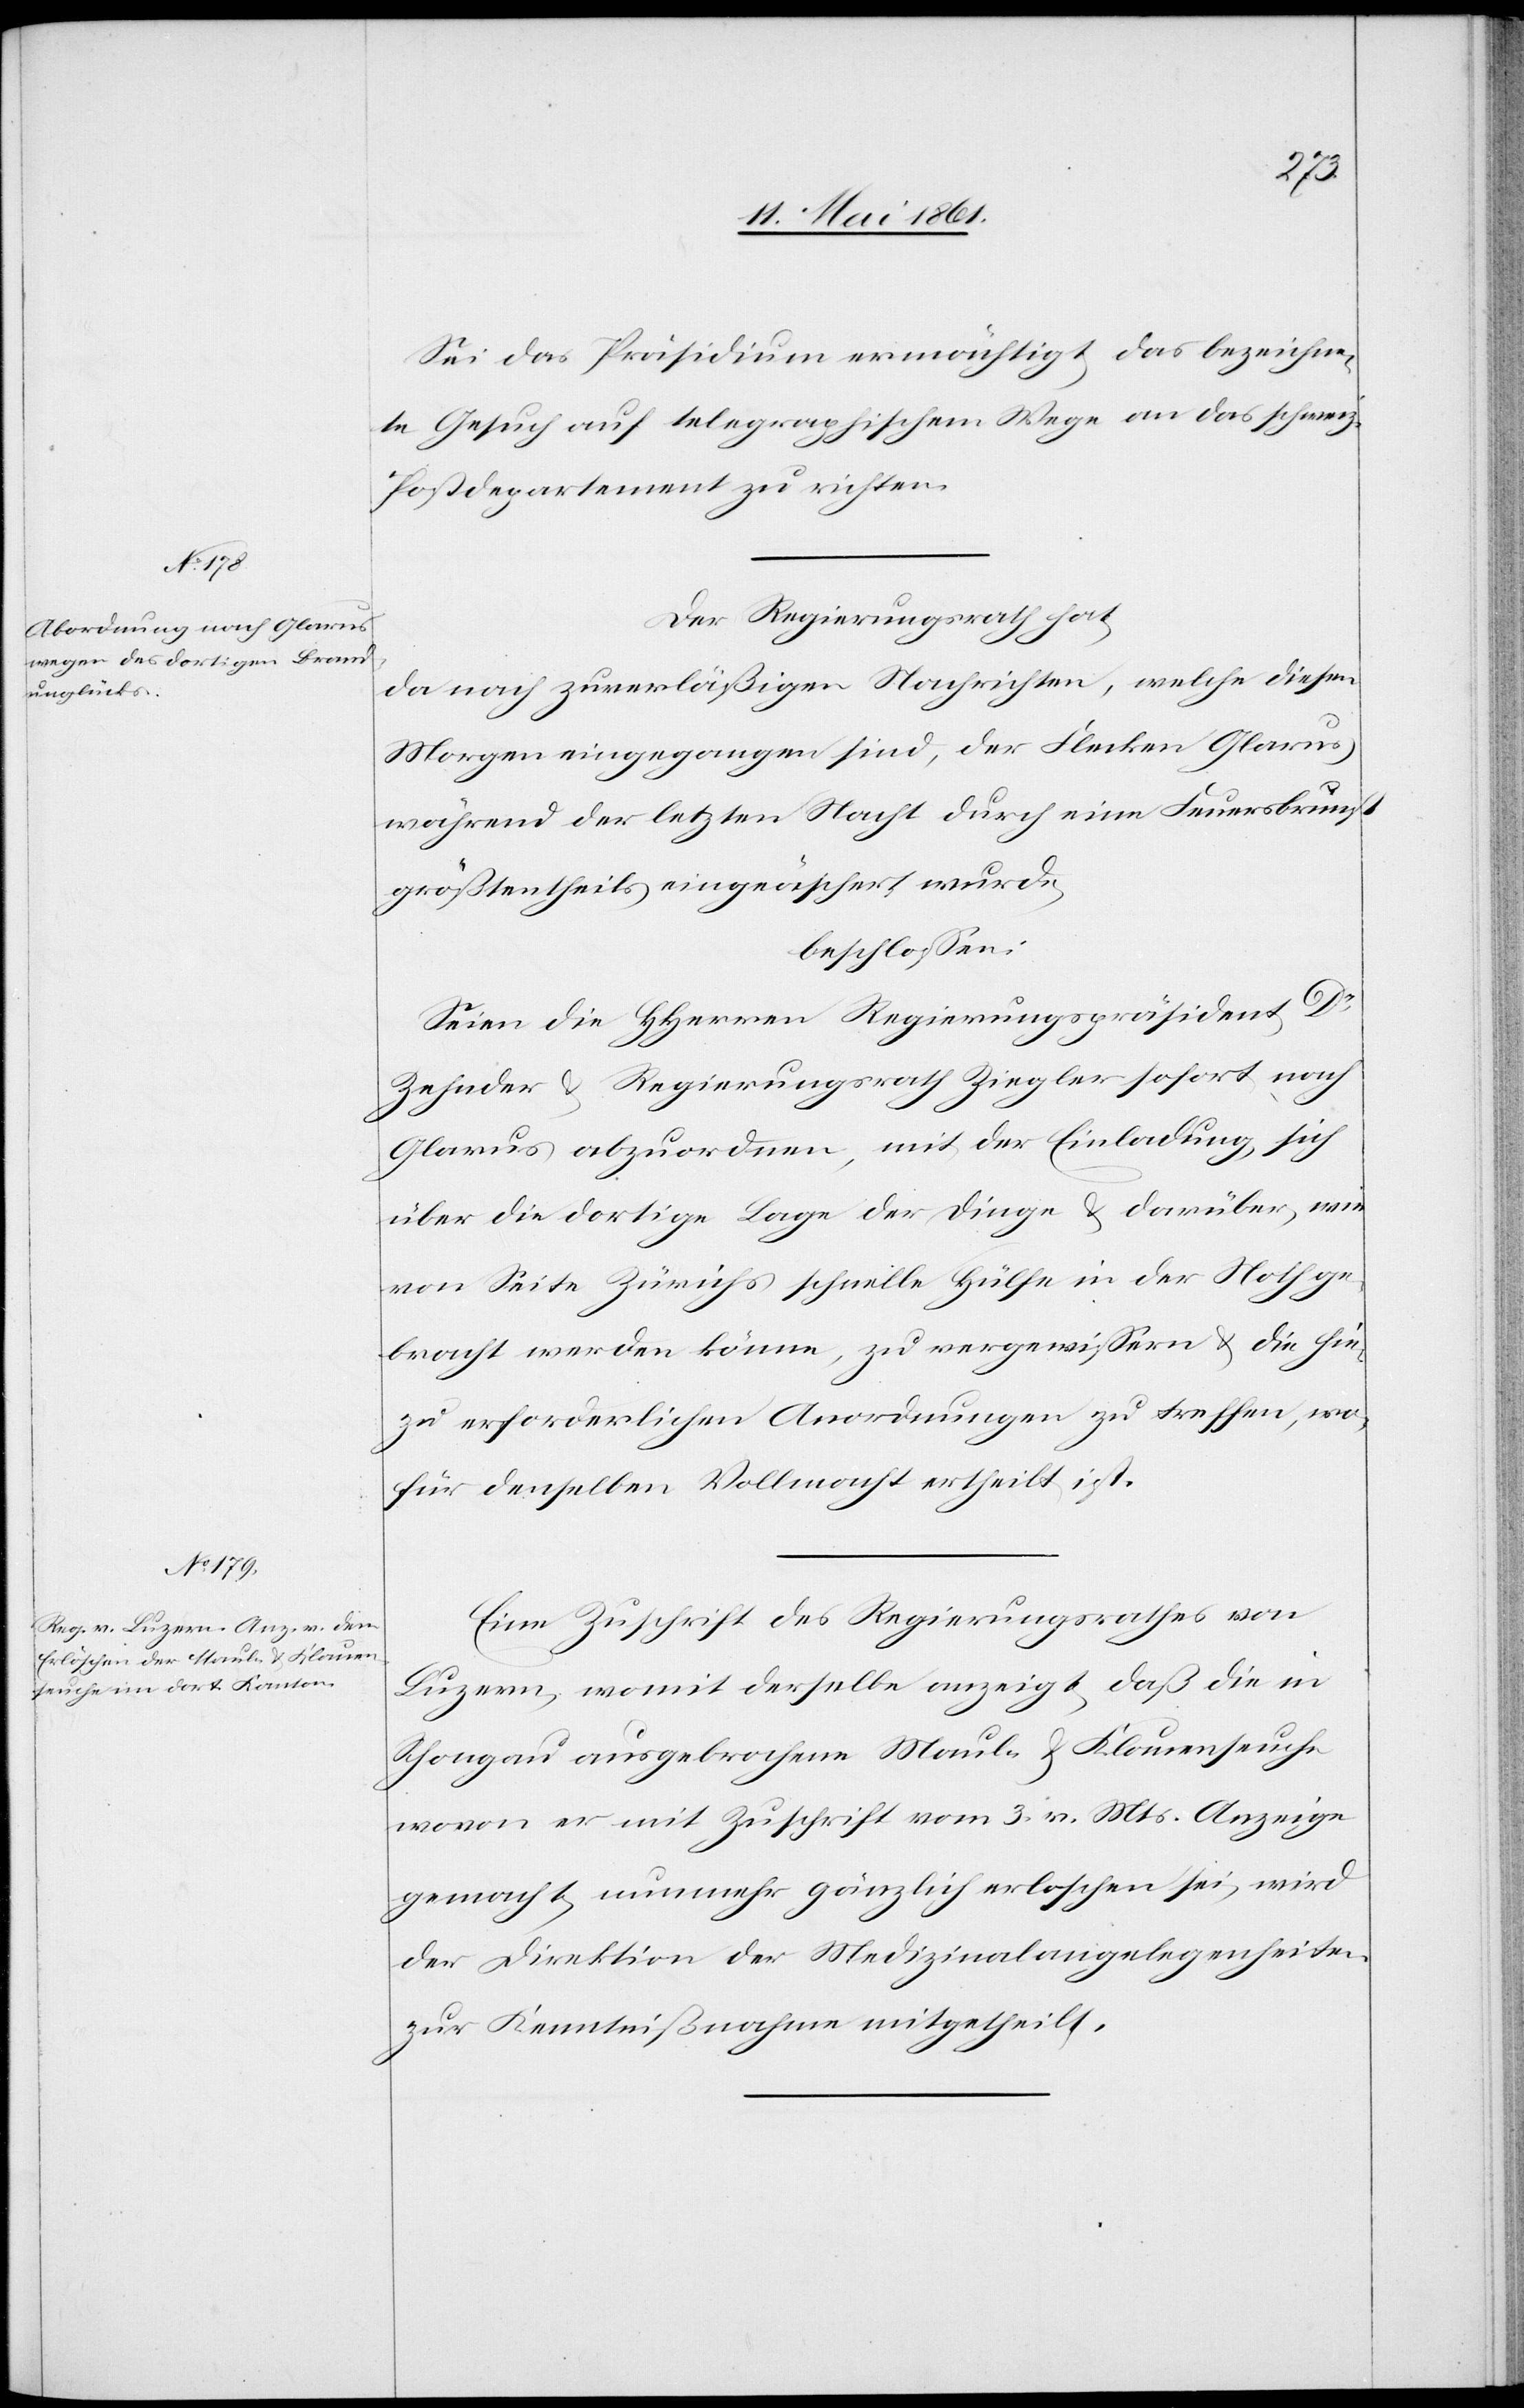
Sei das Präsidium ermächtigt, das bezeichne¬
te Gesuch auf telegraphischem Wege an das schweiz.
Postdepartement zu richten.
Der Regierungsrath hat,
da nach zuverläßigen Nachrichten, welche diesen
Morgen eingegangen sind, der Flecken Glarus
während der letzten Nacht durch eine Feuersbrunst
größtentheils eingeäschert wurde,
beschlossen.
Seien die HHerren Regierungspräsident Dr.
Zehnder u. Regierungsrath Ziegler sofort nach
Glarus abzuordnen, mit der Einladung, sich
über die dortige Lage der Dinge u. darüber, wie
von Seite Zürichs schnelle Hülfe in der Noth ge¬
bracht werden könne, zu vergewissern u. die hie¬
zu erforderlichen Anordnungen zu treffen, wo¬
für denselben Vollmacht ertheilt ist.
Eine Zuschrift des Regierungsrathes von
Luzern, womit derselbe anzeigt, daß die in
Schongau ausgebrochene Maul- u. Klauenseuche
wovon er mit Zuschrift vom 3. v. Mts. Anzeige
gemacht, nunmehr gänzlich erloschen sei, wird
der Direktion der Medizinalangelegenheiten
zur Kenntnißnahme mitgetheilt.